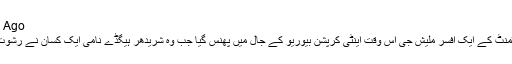
14 Hours Ago
سروے ڈپارٹمنٹ کے ایک افسر ملّیش جی اس وقت اینٹی کرپشن بیوریو کے جال میں پھنس گیا جب وہ شریدھر ہیگڈے نامی ایک کسان نے رشوت لے رہا تھا۔